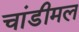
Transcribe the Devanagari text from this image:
चांडीमल